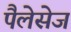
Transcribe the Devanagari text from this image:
पैलेसेज